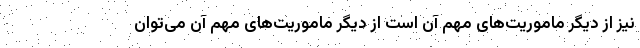
نیز از دیگر ماموریت‌های مهم آن است از دیگر ماموریت‌های مهم آن می‌توان